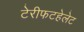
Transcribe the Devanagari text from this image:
टेरीफटहेलेट